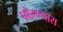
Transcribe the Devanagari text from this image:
पोहण्यास